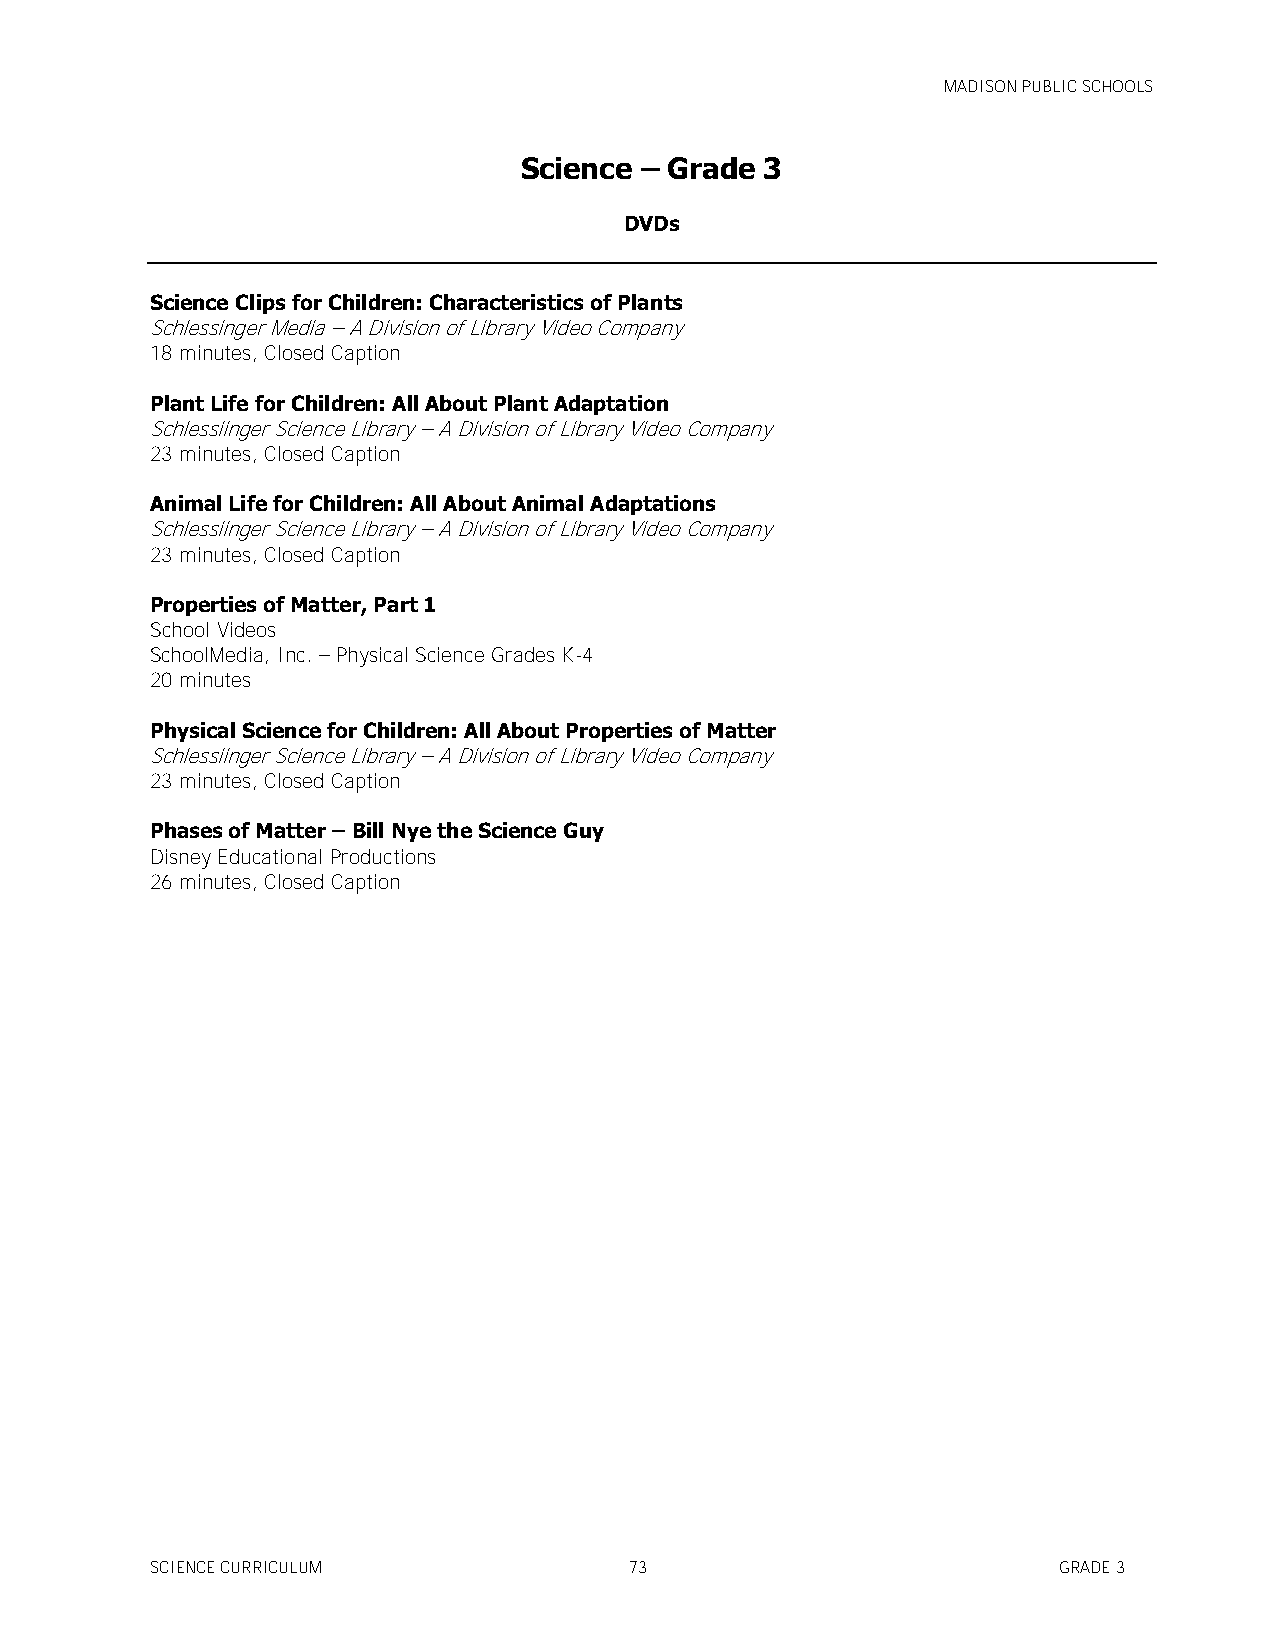
MADISON PUBLIC SCHOOLS
 Science – Grade  3
 DVDs
 Science Clips for Children: Characteristics of Plants
 Schlessinger Media – A Division of Library Video Company
 18 minutes, Closed Caption
 Plant Life for Children: All About Plant Adaptation
 Schlessiinger Science Library – A Division of Library Video Company
 23 minutes, Closed Caption
 Animal Life for Children: All About Animal Adaptations
 Schlessiinger Science Library – A Division of Library Video Company
 23 minutes, Closed Caption
 Properties of Matter, Part 1
 School Videos
 SchoolMedia, Inc. – Physical Science Grades K-4
 20 minutes
 Physical Science for Children: All About Properties of Matter
 Schlessiinger Science Library – A Division of Library Video Company
 23 minutes, Closed Caption
 Phases of Matter – Bill Nye the Science Guy
 Disney Educational Productions
 26 minutes, Closed Caption
 SCIENCE CURRICULUM              73                          GRADE 3